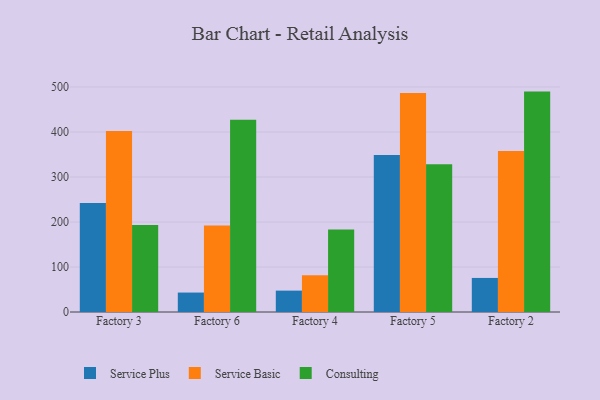
{"axis": {"x": "Factory", "y": "Tickets Resolved"}, "legend": ["Consulting", "Service Basic", "Service Plus"], "data": [{"x": "Factory 3", "y": 242.0, "type": "Service Plus"}, {"x": "Factory 3", "y": 402.0, "type": "Service Basic"}, {"x": "Factory 3", "y": 193.3, "type": "Consulting"}, {"x": "Factory 6", "y": 43.2, "type": "Service Plus"}, {"x": "Factory 6", "y": 192.1, "type": "Service Basic"}, {"x": "Factory 6", "y": 427.1, "type": "Consulting"}, {"x": "Factory 4", "y": 47.5, "type": "Service Plus"}, {"x": "Factory 4", "y": 81.8, "type": "Service Basic"}, {"x": "Factory 4", "y": 183.3, "type": "Consulting"}, {"x": "Factory 5", "y": 349.0, "type": "Service Plus"}, {"x": "Factory 5", "y": 486.5, "type": "Service Basic"}, {"x": "Factory 5", "y": 328.1, "type": "Consulting"}, {"x": "Factory 2", "y": 75.7, "type": "Service Plus"}, {"x": "Factory 2", "y": 357.6, "type": "Service Basic"}, {"x": "Factory 2", "y": 489.7, "type": "Consulting"}]}